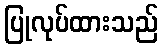
ပြုလုပ်ထားသည်